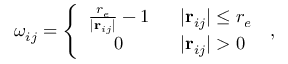
\omega _ { i j } = \left\{ \begin{array} { c l } { \frac { r _ { e } } { \vert \mathbf { r } _ { i j } \vert } - 1 } & { \: \: \: \vert \mathbf { r } _ { i j } \vert \leq r _ { e } } \\ { 0 } & { \: \: \: \vert \mathbf { r } _ { i j } \vert > 0 } \end{array} \right. \, ,